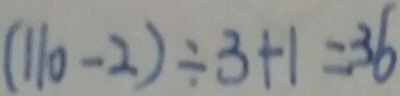
( 1 1 0 - 2 ) \div 3 + 1 = 3 6